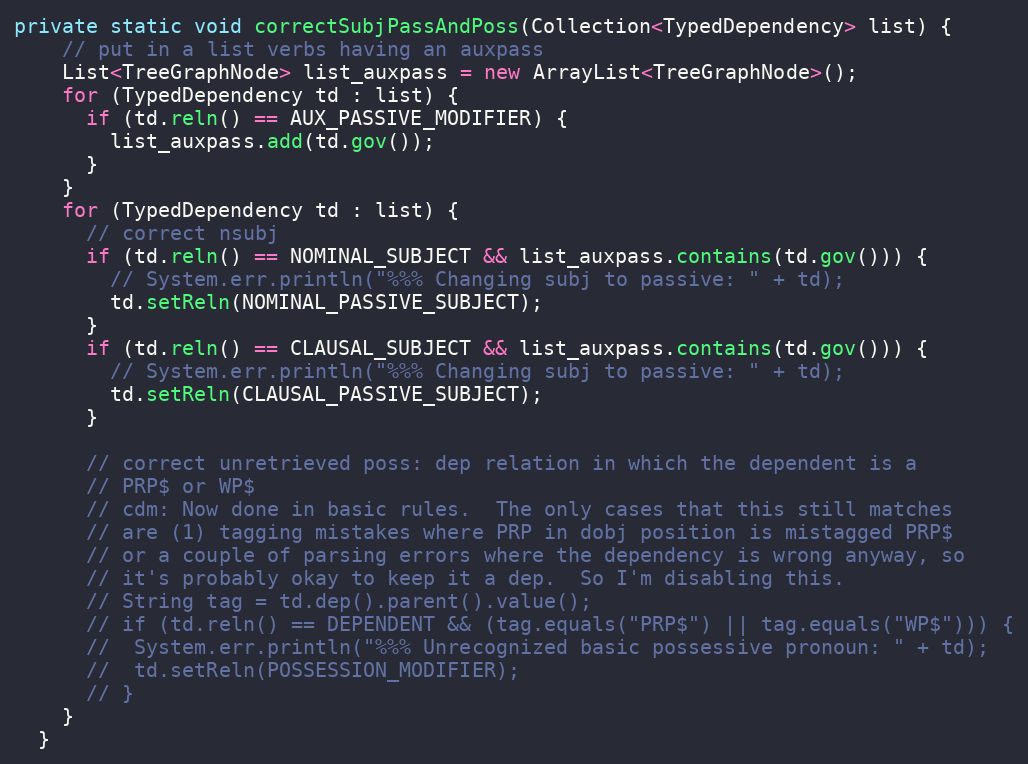
Language: Java
private static void correctSubjPassAndPoss(Collection<TypedDependency> list) {
    // put in a list verbs having an auxpass
    List<TreeGraphNode> list_auxpass = new ArrayList<TreeGraphNode>();
    for (TypedDependency td : list) {
      if (td.reln() == AUX_PASSIVE_MODIFIER) {
        list_auxpass.add(td.gov());
      }
    }
    for (TypedDependency td : list) {
      // correct nsubj
      if (td.reln() == NOMINAL_SUBJECT && list_auxpass.contains(td.gov())) {
        // System.err.println("%%% Changing subj to passive: " + td);
        td.setReln(NOMINAL_PASSIVE_SUBJECT);
      }
      if (td.reln() == CLAUSAL_SUBJECT && list_auxpass.contains(td.gov())) {
        // System.err.println("%%% Changing subj to passive: " + td);
        td.setReln(CLAUSAL_PASSIVE_SUBJECT);
      }

      // correct unretrieved poss: dep relation in which the dependent is a
      // PRP$ or WP$
      // cdm: Now done in basic rules.  The only cases that this still matches
      // are (1) tagging mistakes where PRP in dobj position is mistagged PRP$
      // or a couple of parsing errors where the dependency is wrong anyway, so
      // it's probably okay to keep it a dep.  So I'm disabling this.
      // String tag = td.dep().parent().value();
      // if (td.reln() == DEPENDENT && (tag.equals("PRP$") || tag.equals("WP$"))) {
      //  System.err.println("%%% Unrecognized basic possessive pronoun: " + td);
      //  td.setReln(POSSESSION_MODIFIER);
      // }
    }
  }